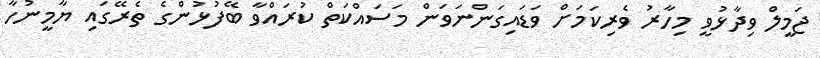
ޖަމީލް ވިދާޅުވީ މިހާރު ވެރިކަމަށް ވަޑައިގަންނަވަން މަސައްކަތް ކުރައްވާ ބޭފުޅުންގެ ތެރޭގައި ޔާމީނުހާ